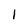
Character: 1